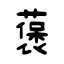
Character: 藵